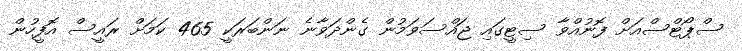
ސްޕޯޓްސްއަށް ފޮނުއްވާ ސިޓީގައި ޖައްސަވަމުން ގެންދަވާނެ ނަންބަރަކީ 465 ކަމަށް ރައީސް އޮފީހުން